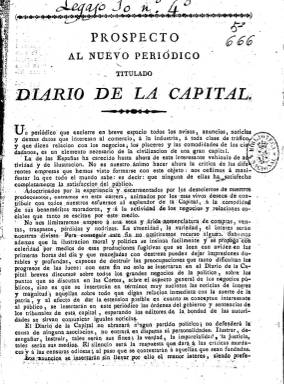
Título: Diario de la capital
Colección: Periódicos anteriores a 1850
Ámbito geográfico: Madrid
Lugar de publicación: Madrid
Fechas: 10/04/1823-24/05/1823

Comenzó a publicarse el diez de abril de 1823, saliendo de la Imprenta de Antonio Fernández, a un precio reducido de dos cuartos. De tendencia constitucionalista y moderada, tuvo la intención de ser también un diario de noticias y avisos con dedicación principal a los de la ciudad, para un público interesado en el comercio o la industria. Pero también publicará artículos de carácter político o doctrinal y prestará atención a la actividad de las Cortes, e incluirá noticias extranjeras. Sus entregas son de cuatro páginas, compuestas a una columna. Los epígrafes para sus contenidos los titula Gobierno político de la Provincia de Madrid, Ayuntamiento constitucional, Tribunales, Espectáculos (teatros), Cambios, Anuncios (principalmente de libros), Variedades o Política, entre otros, ofreciendo también los premios de las loterías nacionales. Cuando las tropas de los denominados Cien Mil Hijos de San Luis penetren en España, dará cuenta también de su desarrollo bélico y de los comunicados de las autoridades militares. Apareció todos los días. Su último número en la colección de la Biblioteca Nacional de España es el 48, de 24 de mayo de ese mismo año, en el que da la noticia de la entrada de las tropas francesas en Madrid, cuya intervención dio lugar al nuevo periodo absolutista fernandino o Década Ominosa (1823-1833). En su Prospecto había indicado que no abrazaría ningún partido político.